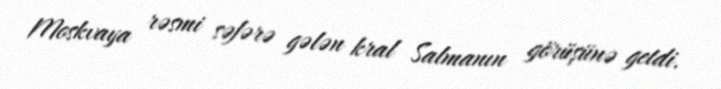
Moskvaya rəsmi səfərə gələn kral Salmanın görüşünə getdi.